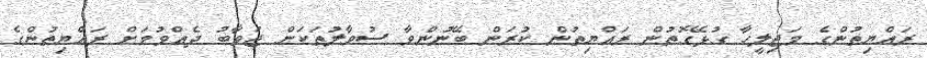
ރައްޔިތުންގެ މަޖިލީހާ ގުޅޭގޮތުން ރައްޔިތުން ކުރަން ބޭނުންވާ ސުވާލުތަކަށް ޖަވާބު ދެއްވުމަށް ރައްޔިތުންގެ